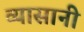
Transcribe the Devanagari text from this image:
व्यासानी